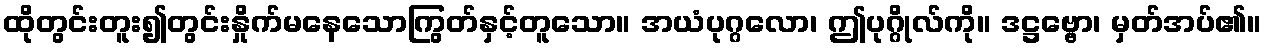
ထိုတွင်းတူး၍တွင်းနှိုက်မနေသောကြွတ်နှင့်တူသော။ အယံပုဂ္ဂလော၊ ဤပုဂ္ဂိုလ်ကို။ ဒဋ္ဌဗ္ဗော၊ မှတ်အပ်၏။